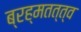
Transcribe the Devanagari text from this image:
ब्रह्मतत्त्व